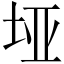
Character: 垭